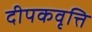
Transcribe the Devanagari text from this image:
दीपकवृत्ति